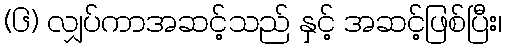
(၆) လျှပ်ကာအဆင့်သည် နှင့် အဆင့်ဖြစ်ပြီး၊